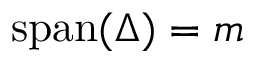
\operatorname { s p a n } ( \Delta ) = m